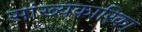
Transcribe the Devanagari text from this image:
सांख्‍यकारिका